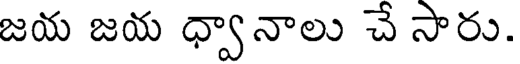
జయ జయ ధ్వానాలు చే సారు.